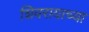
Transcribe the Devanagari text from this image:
शिवरायाच्या